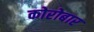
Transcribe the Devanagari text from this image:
कोरोबार